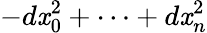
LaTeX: -d\mathit{x}_{0}^{2}+\dots+d\mathit{x}_{n}^{2}